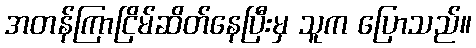
အတန်ကြာငြိမ်ဆိတ်နေပြီးမှ သူက ပြောသည်။